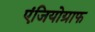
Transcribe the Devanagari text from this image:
एंजियोग्राफ